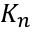
K _ { n }